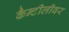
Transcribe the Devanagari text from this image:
कैन्टीलीवर